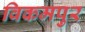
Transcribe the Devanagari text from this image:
विकमपुर